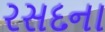
રસદના